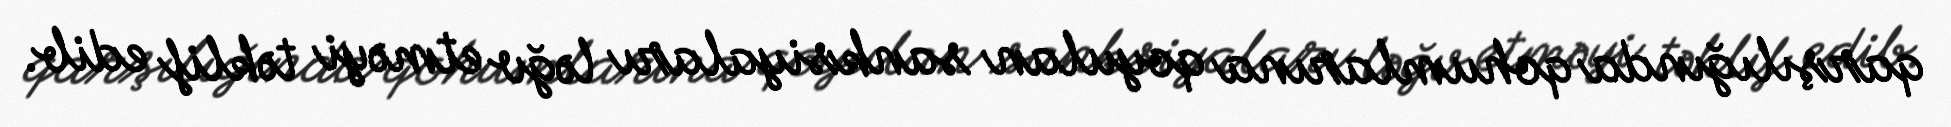
qarşılığında qohumlarına qoyulan sanksiyaları ləğv etməyi təklif edib.